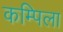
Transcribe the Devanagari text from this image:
कम्पिला